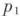
p_1